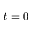
t = 0